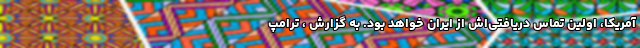
آمریکا، اولین تماس دریافتی‌اش از ایران خواهد بود. به گزارش ، ترامپ